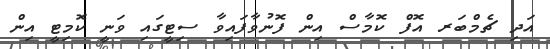
އަދި ޗެމްބަރ އޮފް ކޮމާސް އިން ފޮނުވާފައިވާ ސިޓީގައި ވަނީ ކޮމިޓީ އިން